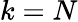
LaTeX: k=N